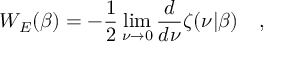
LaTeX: W _ { E } ( \beta ) = - \frac 1 2 \operatorname * { l i m } _ { \nu \rightarrow 0 } { \frac { d } { d \nu } } \zeta ( \nu | \beta ) ~ ~ ~ ,